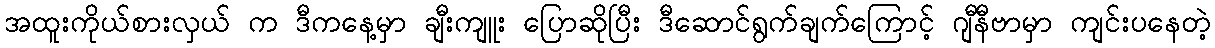
အထူးကိုယ်စားလှယ် က ဒီကနေ့မှာ ချီးကျူး ပြောဆိုပြီး ဒီဆောင်ရွက်ချက်ကြောင့် ဂျီနီဗာမှာ ကျင်းပနေတဲ့